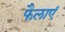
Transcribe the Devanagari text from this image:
फैलाएं